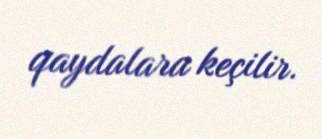
qaydalara keçilir.